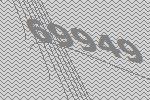
69949